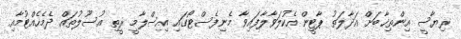
ރިޔާސީ އިންތިޚާބަށް އަދާލަތު ޕާޓީން އެކުލަވާލާފައިވާ މެނިފެސްޓޯގައި އިސްލާމީ ރީތި އުސޫލުތައް ދެމެހެއްޓުމާއި